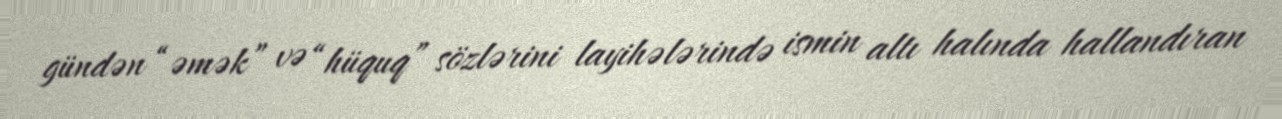
gündən “əmək” və “hüquq” sözlərini layihələrində ismin altı halında hallandıran